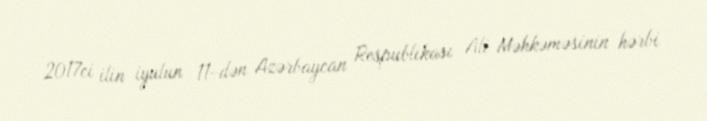
2017ci ilin iyulun 11-dən Azərbaycan Respublikası Ali Məhkəməsinin hərbi